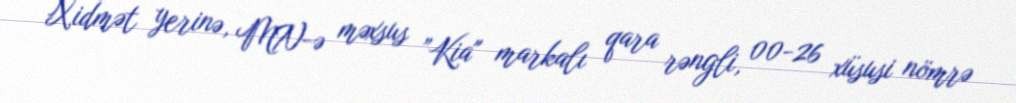
Xidmət yerinə, MN-ə məxsus ”Kia" markalı qara rəngli, 00-26 xüsusi nömrə